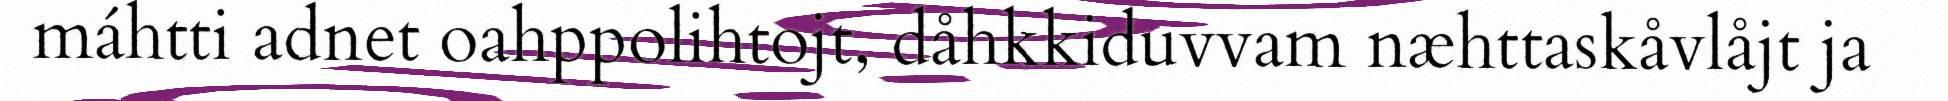
máhtti adnet oahppolihtojt, dåhkkiduvvam næhttaskåvlåjt ja